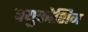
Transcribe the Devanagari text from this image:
क्युकोशिन